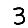
Digit: 3